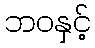
ဘဝနှင့်